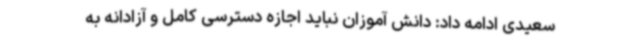
سعیدی ادامه داد: دانش آموزان نباید اجازه دسترسی کامل و آزادانه به